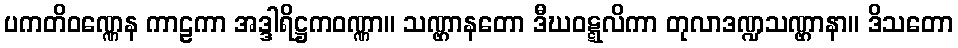
ပကတိဝဏ္ဏေန ကာဠကာ အဒ္ဒါရိဋ္ဌကဝဏ္ဏာ။ သဏ္ဌာနတော ဒီဃဝဋ္ဋလိကာ တုလာဒဏ္ဍသဏ္ဌာနာ။ ဒိသတော